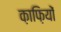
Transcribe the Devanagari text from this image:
क़ाफ़ियों